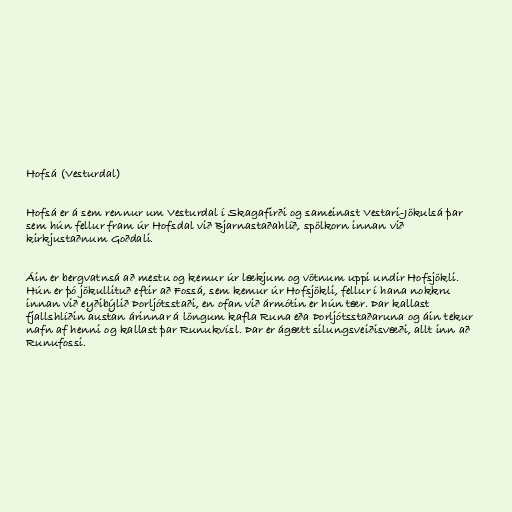
Hofsá (Vesturdal)

Hofsá er á sem rennur um Vesturdal í Skagafirði og sameinast Vestari-Jökulsá þar
sem hún fellur fram úr Hofsdal við Bjarnastaðahlíð, spölkorn innan við
kirkjustaðnum Goðdali.

Áin er bergvatnsá að mestu og kemur úr lækjum og vötnum uppi undir Hofsjökli.
Hún er þó jökullituð eftir að Fossá, sem kemur úr Hofsjökli, fellur í hana nokkru
innan við eyðibýlið Þorljótsstaði, en ofan við ármótin er hún tær. Þar kallast
fjallshlíðin austan árinnar á löngum kafla Runa eða Þorljótsstaðaruna og áin tekur
nafn af henni og kallast þar Runukvísl. Þar er ágætt silungsveiðisvæði, allt inn að
Runufossi.